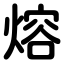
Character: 熔